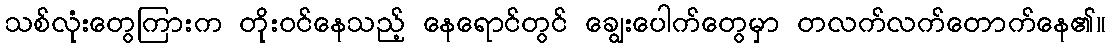
သစ်လုံးတွေကြားက တိုးဝင်နေသည့် နေရောင်တွင် ချွေးပေါက်တွေမှာ တလက်လက်တောက်နေ၏။